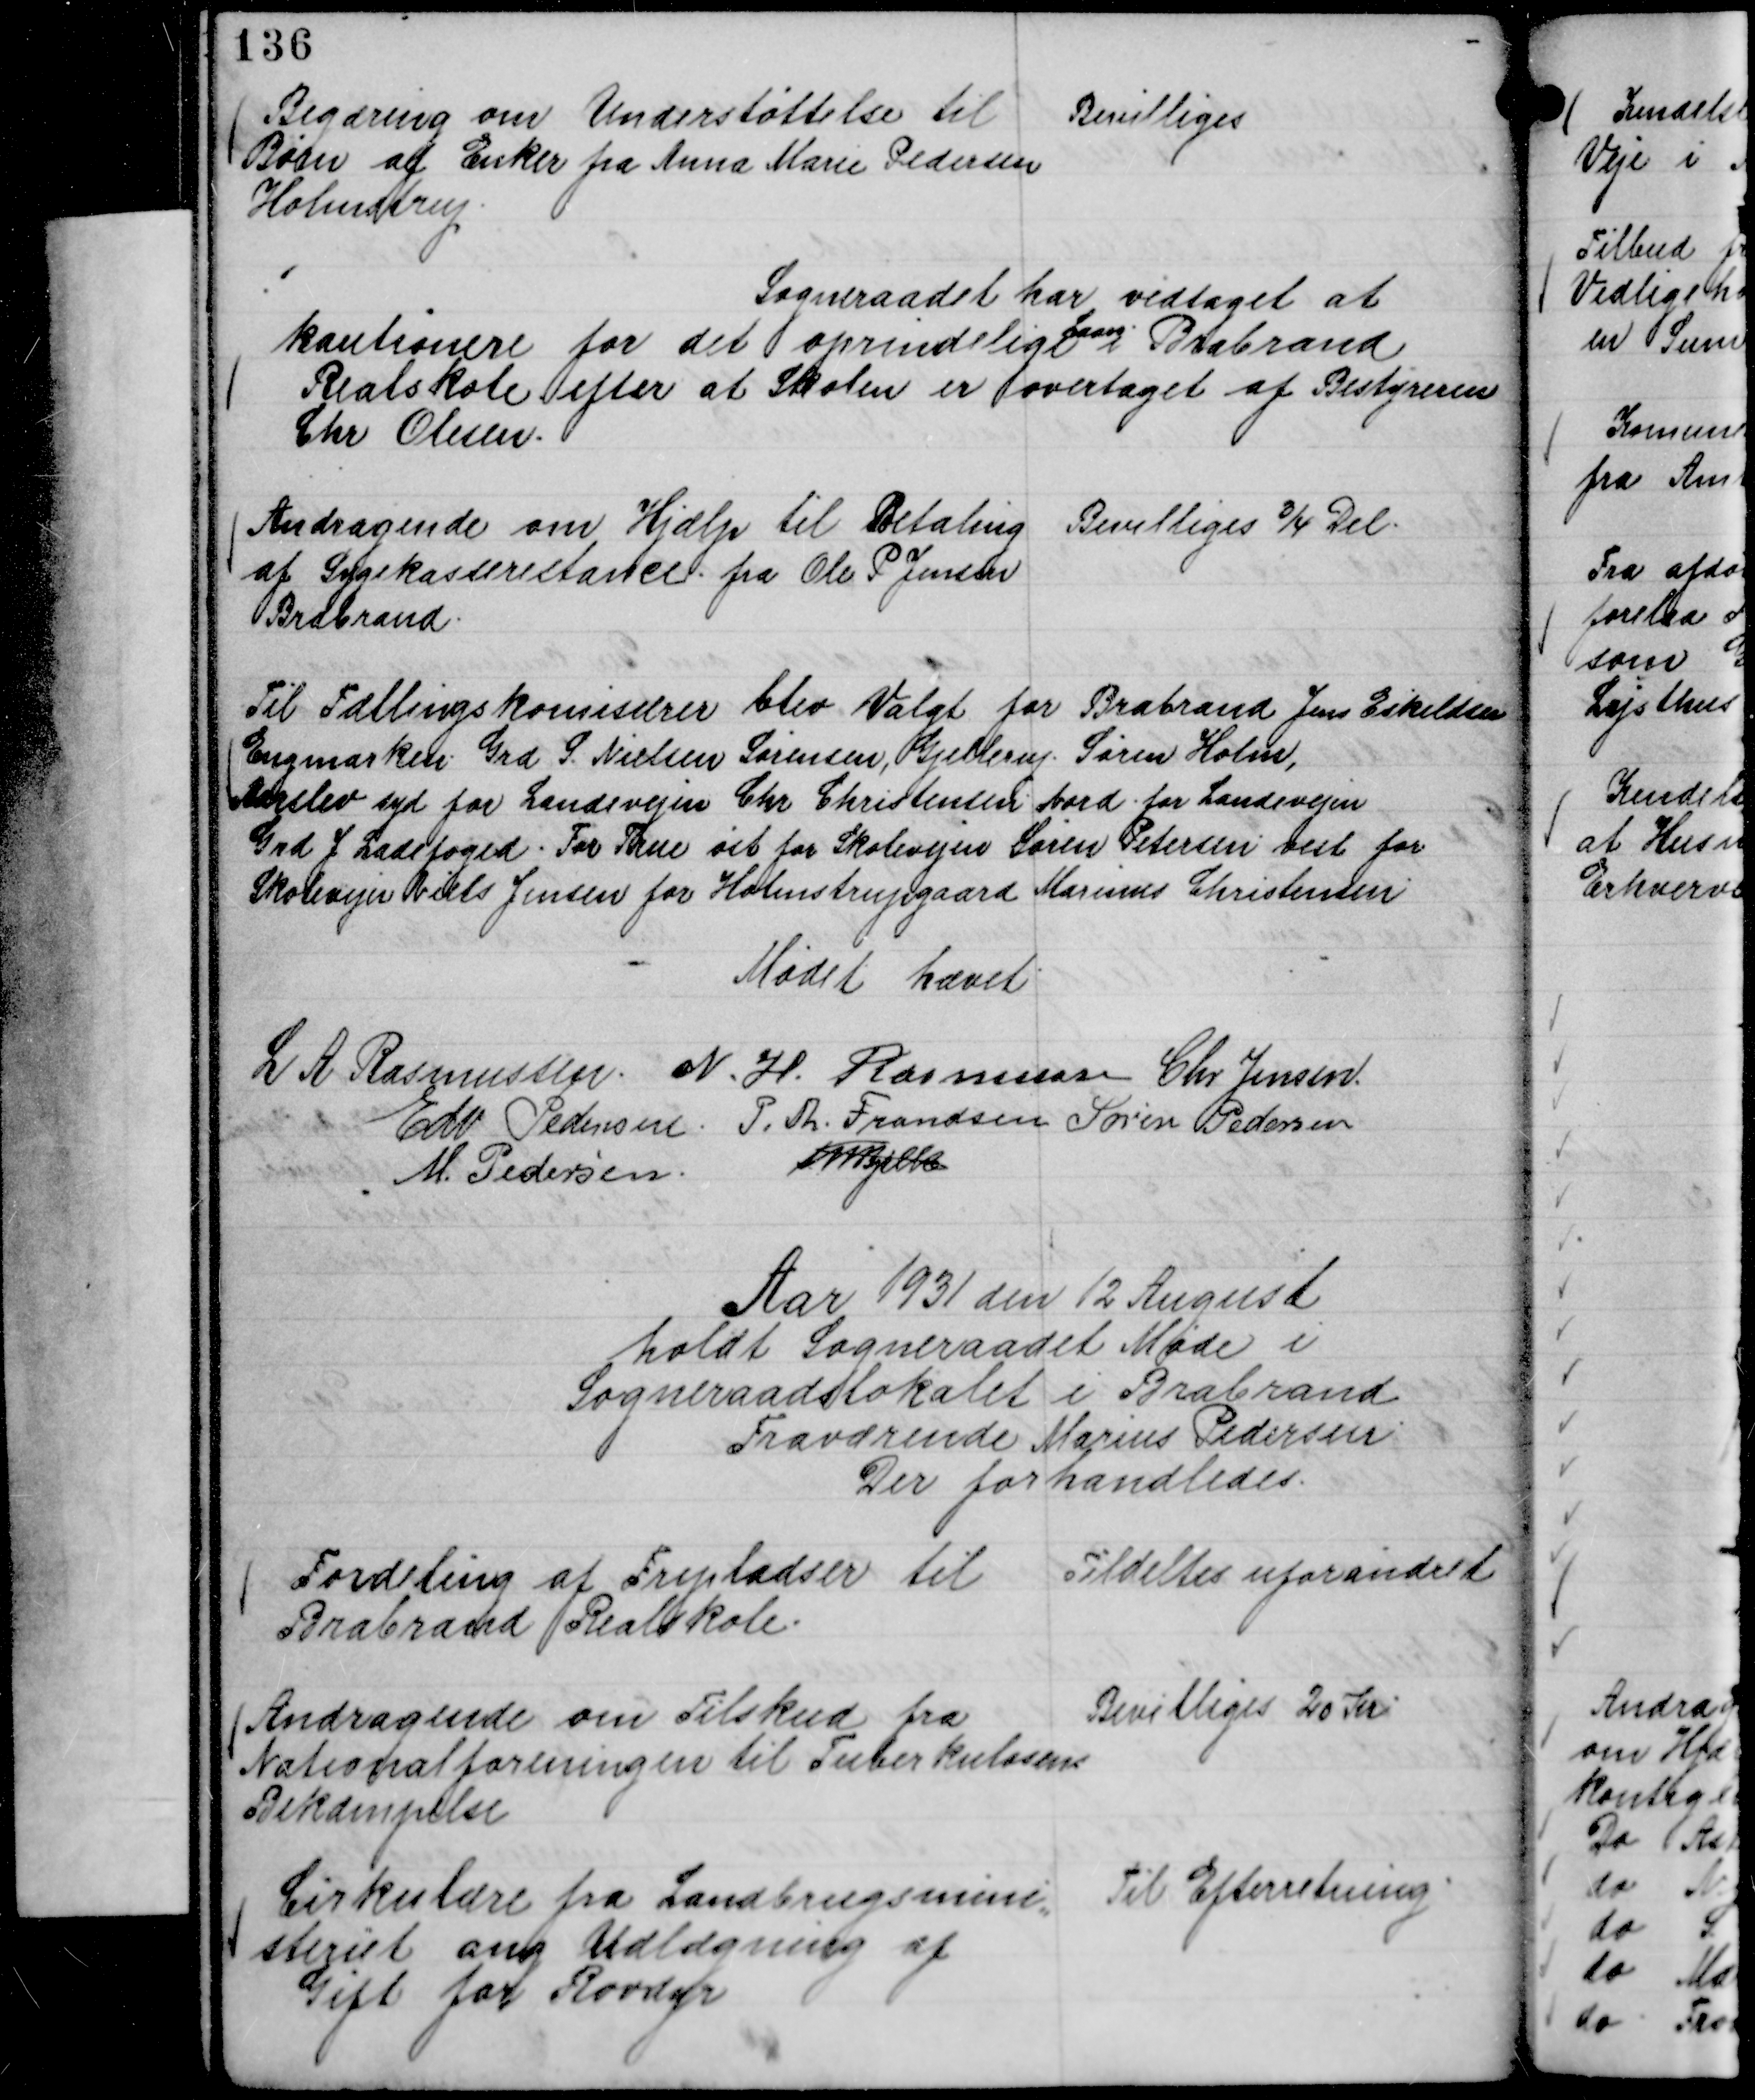
Transskription:
Begæring om Understøttelse til
Børn af Enker fra Anna Marie Pedersen
Holmstrup.

Bevilliges

Sogneraadet har vedtaget at
kautionere for det oprindelige
Laan
i Brabrand
Realskole efter at Skolen er overtaget af Bestyreren
Chr Olesen.

Andragende om Hjælp til Betaling
af Sygekasserestance fra Ole P Jensen
Brabrand.

Bevilliges ¾ Del.

Til Tællingskomisærer blev Valgt for Brabrand Jens Eskildsen
Engmarken. Grd S. Nielsen Sørensen, Gjellerup. Søren Holm,
Aarslev syd for Landevejen Chr Christensen. Nord for Landevejen
Grd J Ladefoged. For True øst for Skolevejen Søren Petersen vest for
Skolevejen Niels Jensen for Holmstrupgaard Marinus Christensen

Mødet hævet.
L A Rasmussen.
N. H. Rasmussen
Chr Jensen.
Edv Pedersen.
P. Th. Frandsen
Søren Pedersen
M. Pedersen.
Th Bjelke

Aar 1931 den 12 August
holdt Sogneraadet Møde i
Sogneraadslokalet i Brabrand
Fraværende Marius Pedersen
Der forhandledes.

Fordeling af Fripladser til
Brabrand Realskole.

Tildeltes uforandret

Andragende om Tilskud fra
Nationalforeningen til Tuberkulosens
Bekæmpelse

Bevilliges 20 Kr.

Cirkulære fra Landbrugsmini,,
steriet ang Udlægning af
Gift for Rovdyr

Til Efterretning.